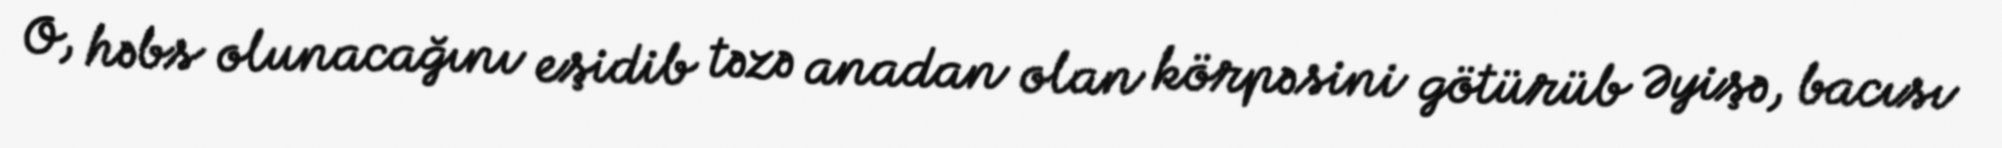
O, həbs olunacağını eşidib təzə anadan olan körpəsini götürüb Əyişə, bacısı